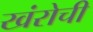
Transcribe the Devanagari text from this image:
खंरोची